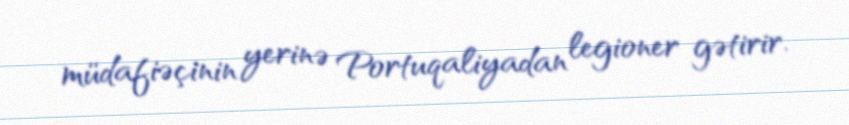
müdafiəçinin yerinə Portuqaliyadan legioner gətirir.